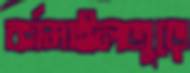
বর্গমাইলজুড়ে